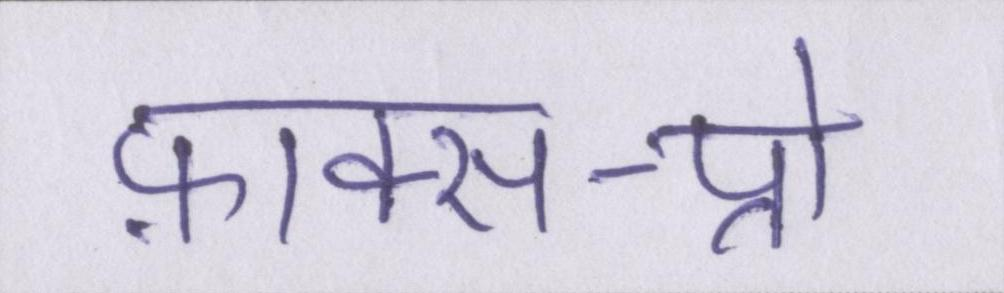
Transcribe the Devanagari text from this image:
फ़ाक्स-प्रो